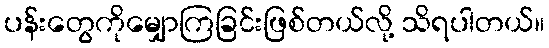
ပန်းတွေကိုမျှောကြခြင်းဖြစ်တယ်လို့ သိရပါတယ်။